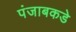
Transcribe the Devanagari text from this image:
पंजाबकडे